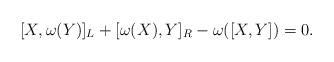
LaTeX: \begin{align*}[X,\omega(Y)]_{L}+[\omega(X),Y]_{R}-\omega([X,Y])=0.\end{align*}